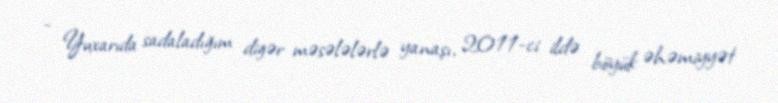
- Yuxarıda sadaladığım digər məsələlərlə yanaşı, 2011-ci ildə böyük əhəmiyyət